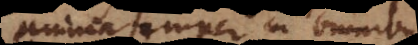
anima semper in omnibus